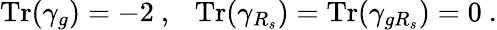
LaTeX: {\mathrm{Tr}}(\gamma_{g})=-2~,~~~{\mathrm{Tr}}(\gamma_{R_{s}})={\mathrm{Tr}}(\gamma_{gR_{s}})=0~.